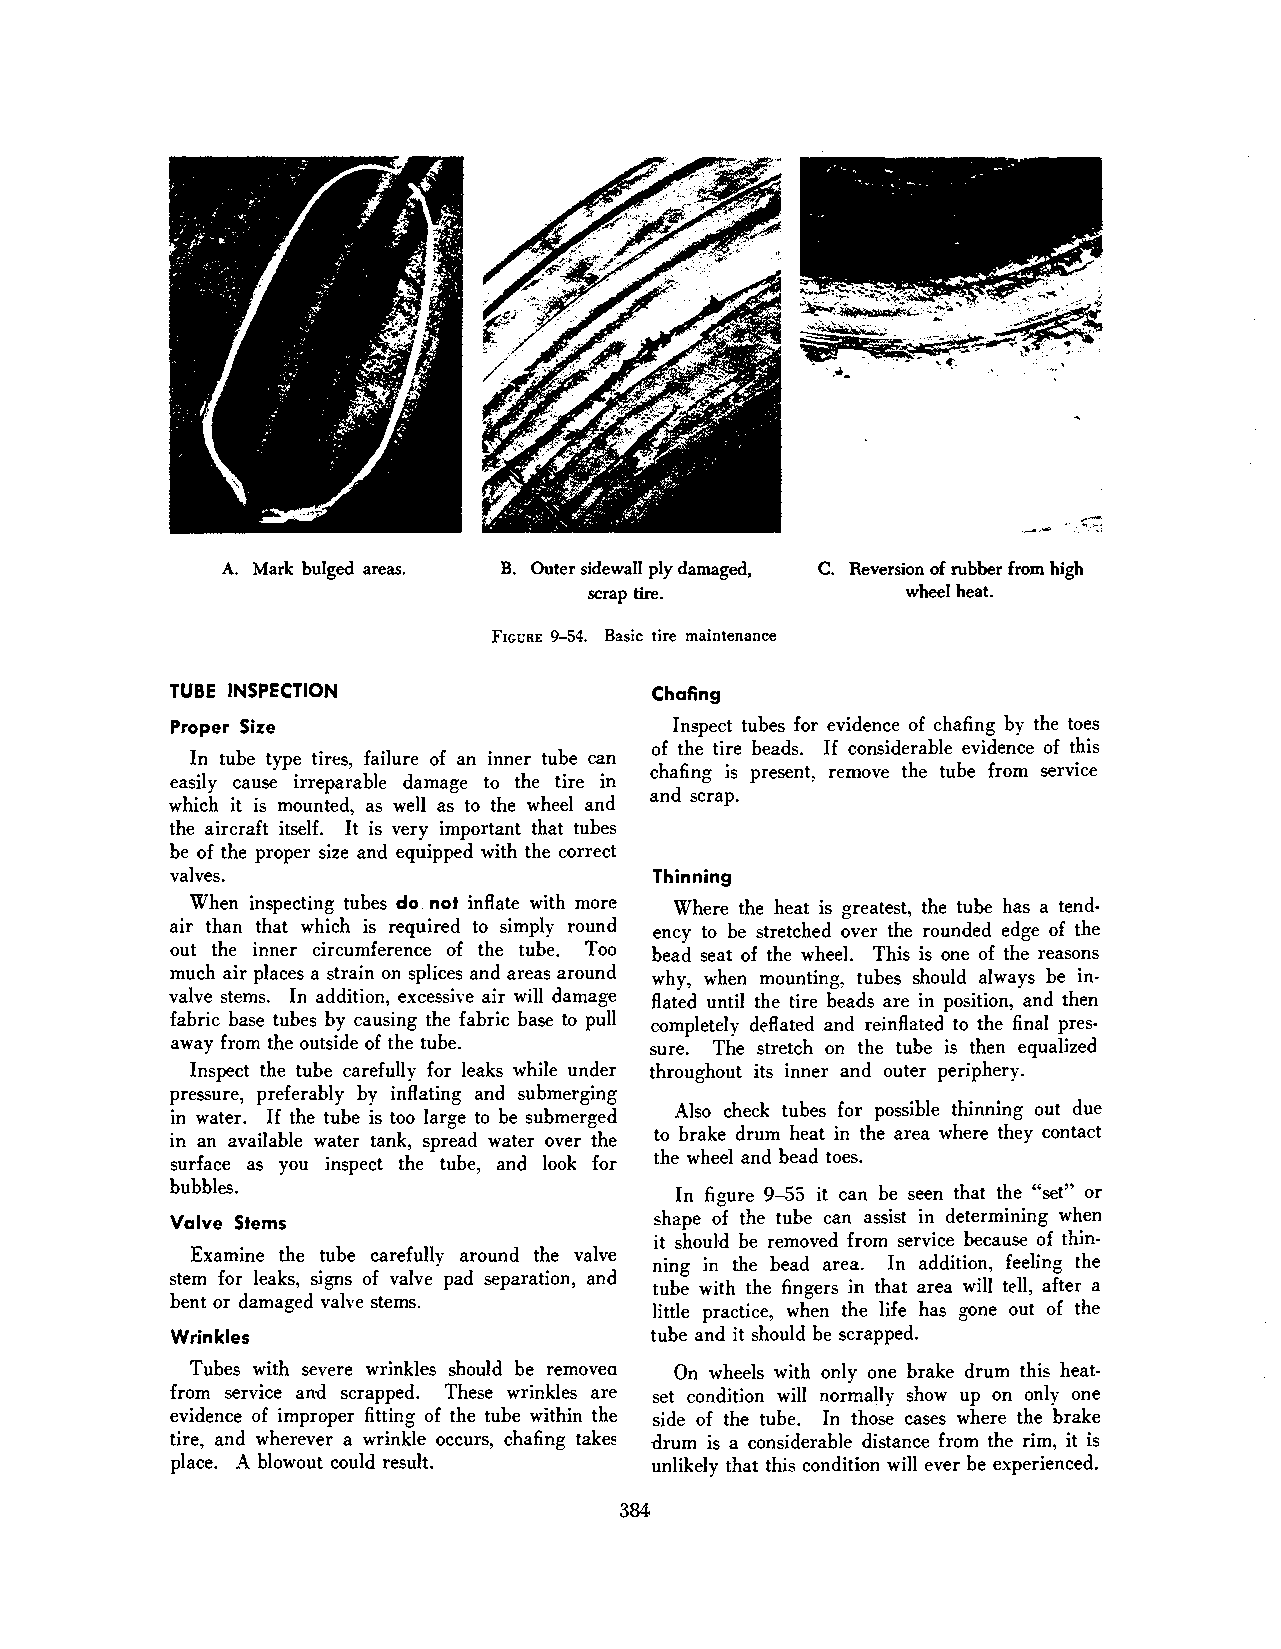
A. Mark bulged areas. B. Outer sidewall ply damaged, C. Reversion of rubber from high
 scrap tire.          wheel heat.
 FrcuRE 9-54. Basic tire maintenance
 TUBE INSPECTION                 Chafing
 Proper Size                      Inspect tubes for evidence of chafing by the toes
 of the tire beads. If considerable evidence of this
 In tube type tires, failure of an inner tube can
 chafing is present, remove the tube from service
 easily cause irreparable damage to the tire in
 and scrap.
 which it is mounted, as well as to the wheel and
 the aircraft itself. It is very important that tubes
 be of the proper size and equipped with the correct
 valves.                         Thinning
 When inspecting tubes do. not inflate with more Where the heat is greatest, the tube has a tend
 air than that which is required to simply round ency to be stretched over the rounded edge of the
 out the inner circumference of the tube. Too bead seat of the wheel. This is one of the reasons
 much air places a strain on splices and areas around why, when mounting, tubes should always be in
 valve stems. In addition, excessive air will damage flated until the tire beads are in position, and then
 fabric base tubes by causing the fabric base to pull completely deflated and reinflated to the final pres
 away from the outside of the tube. sure. The stretch on the tube is then equalized
 Inspect the tube carefully for leaks while under throughout its inner and outer periphery.
 pressure, preferably by inflating and submerging
 Also check tubes for possible thinning out due
 in water. If the tube is too large to be submerged
 to brake drum heat in the area where they contact
 in an available water tank, spread water over the
 the wheel and bead toes.
 surface as you inspect the tube, and look for
 bubbles.                         In fi aure 9-55 it can be seen that the "set" or
 b
 shape of the tube can assist in determining when
 Valve Stems
 it should be removed from service because of thin
 Examine the tube carefully around the valve
 ning in the bead area. In addition, feeling the
 stem for leaks, signs of valve pad separation, and
 tube with the fingers in that area will tell, after a
 bent or damaged valve stems.
 little practice, when the life has gone out of the
 Wrinkles                        tube and it should be scrapped.
 Tubes with severe wrinkles should be removea On wheels with only one brake drum this heat
 from service and scrapped. These wrinkles are set condition will normally show up on only one
 evidence of improper fitting of the tube within the side of the tube. In those cases where the brake
 tire, and wherever a wrinkle occurs, chafing take5 drum is a considerable distance from the rim, it is
 place. A blowout could result.  unlikely that this condition will ever be experienced.
 384